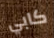
كابي